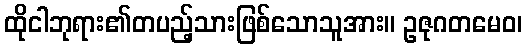
ထိုငါဘုရား၏တပည့်သားဖြစ်သောသူအား။ ဥဇုဂတမေဝ၊